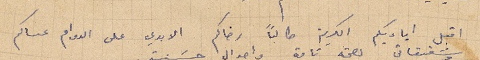
اقبل اياديكم الكريمة طالباً رضاكم الابدي على الدوام عساكم